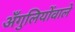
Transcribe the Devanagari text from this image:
अँगुलियोंवाले